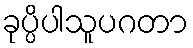
ခုပ္ပိပါသူပဂတာ